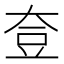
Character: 𡘰